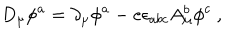
D _ { \mu } \phi ^ { a } = \partial _ { \mu } \phi ^ { a } - e \epsilon _ { a b c } A _ { \mu } ^ { b } \phi ^ { c } \ ,